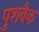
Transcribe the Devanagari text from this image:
पुशबैक